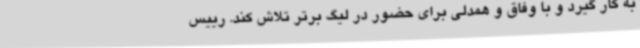
به کار گیرد و با وفاق و همدلی برای حضور در لیگ برتر تلاش کند. رییس